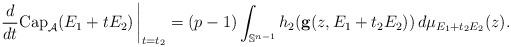
LaTeX: \begin{align*} \left. \frac{d}{dt} \mbox{Cap}_{\mathcal{A}} ( E_1 + t E_2 ) \, \right|_{t=t_2} = (p-1)\int_{\mathbb{S}^{n-1}} h_2 ( \mathbf{g}(z, E_1 + t_2 E_2 ) ) \, d \mu_{ E_1 + t_2 E_2}(z). \end{align*}